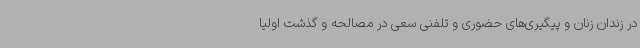
در زندان زنان و پیگیری‌های حضوری و تلفنی سعی در مصالحه و گذشت اولیا